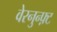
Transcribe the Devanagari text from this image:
वेरनुन्फ़्ट